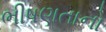
ભીષણતાનો